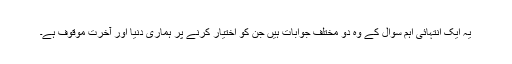
یہ ایک انتہائی اہم سوال کے وہ دو مختلف جوابات ہیں جن کو اختیار کرنے پر ہماری دنیا اور آخرت موقوف ہے۔